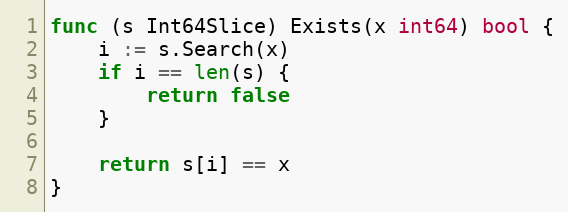
Language: Go
func (s Int64Slice) Exists(x int64) bool {
	i := s.Search(x)
	if i == len(s) {
		return false
	}

	return s[i] == x
}